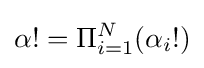
\alpha !=\Pi _{i=1}^{N}(\alpha _{i}!)